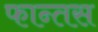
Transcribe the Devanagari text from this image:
फान्तस